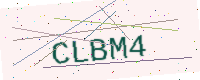
Text: CLBM4